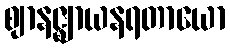
ဈာနဇ္ဈာယနရတာယော